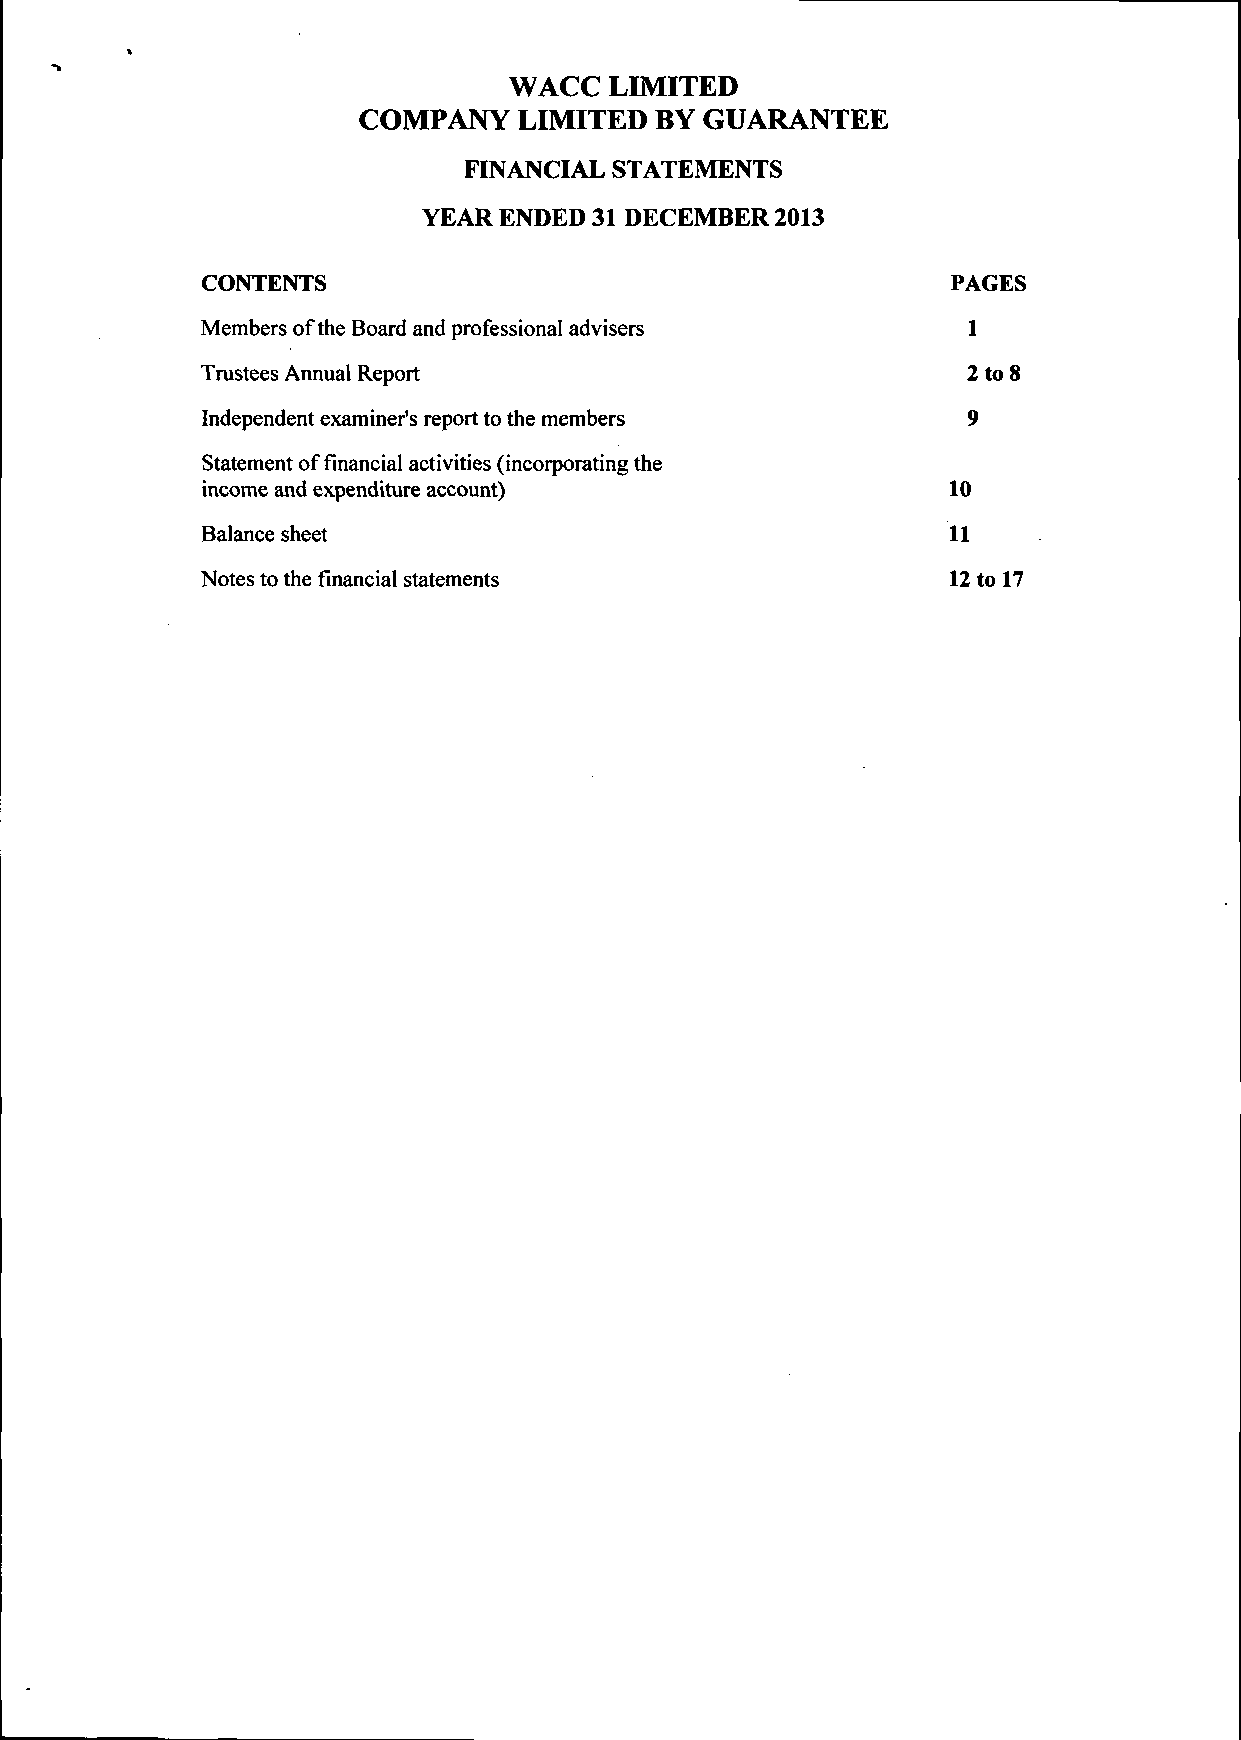
WACC  LIMITED
 COMPANY   LIMITED  BY GUARANTEE
 FINANCIAL STATEMENTS
 YEAR ENDED 31 DECEMBER 2013
 CONTENTS                                          PAGES
 Members of the Board and professional advisers     1
 Trustees Annual Report                             2 to 8
 Independent examiner's report to the members       9
 Statement of financial activities (incorporating the
 income and expenditure account)                   10
 Balance sheet                                     11
 Notes to the financial statements                 12 to 17